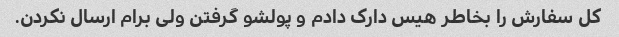
کل سفارش را بخاطر هیس دارک دادم و پولشو گرفتن ولی برام ارسال نکردن.